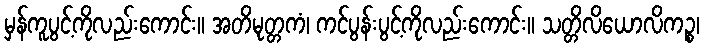
မှန်ကူပွင့်ကိုလည်းကောင်း။ အတိမုတ္တကံ၊ ကင်ပွန်းပွင့်ကိုလည်းကောင်း။ သတ္တိလိယောလိကဉ္စ၊